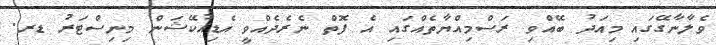
ވެލާނާގޭގައި މިއަދު ބޭއްވި ރަސްމިއްޔާތެއްގައި އެ ފޮތް ނެރެދެއްވީ އެޑިއުކޭޝަން މިނިސްޓަރު ޑރ.